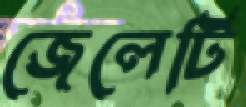
জেলেটি